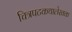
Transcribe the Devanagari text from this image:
चित्रपटकथालेखक